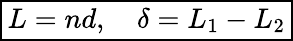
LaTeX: \boxed{L=nd,\quad\delta=L_{1}-L_{2}}